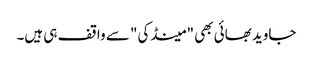
جاوید بھائی بھی "مینڈکی" سے واقف ہی ہیں۔